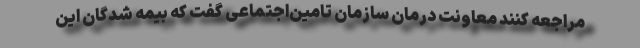
مراجعه کنند معاونت درمان سازمان تامین‌اجتماعی گفت که بیمه شدگان این